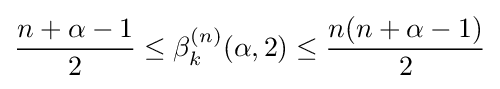
{\frac {n+\alpha -1}{2}}\leq \beta _{k}^{(n)}(\alpha ,2)\leq {\frac {n(n+\alpha -1)}{2}}